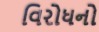
વિરોધનો